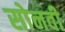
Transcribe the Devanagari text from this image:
सोनवी